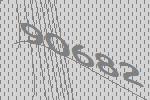
90682